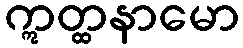
ဣတ္ထနာမော